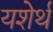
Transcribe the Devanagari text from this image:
यशेर्थ